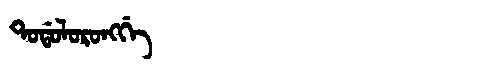
Manchu: ᡨᠣᡩᠣᠯᠣᡵᠣᠩᡤᡝ
Romanization: TODOLORONGGE